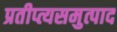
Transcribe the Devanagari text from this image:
प्रतीप्त्यसमुत्पाद